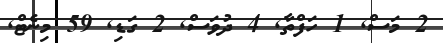
2 މަސް